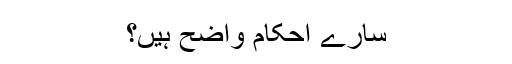
سارے احکام واضح ہیں؟